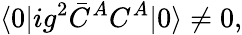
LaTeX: \langle 0|ig^{2}\bar{C}^{A}C^{A}|0\rangle\not=0,